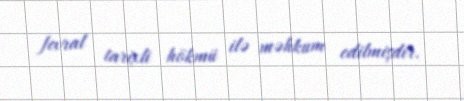
fevral tarixli hökmü ilə məhkum edilmişdir.